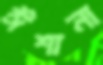
ঈশানা